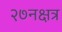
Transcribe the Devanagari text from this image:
२७नक्षत्र